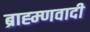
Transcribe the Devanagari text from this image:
ब्राह्म्णवादी